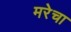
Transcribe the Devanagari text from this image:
मरेचा